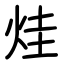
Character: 烓